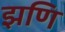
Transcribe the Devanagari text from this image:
झणि